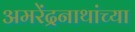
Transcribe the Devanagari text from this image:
अमरेंद्रनाथांच्या